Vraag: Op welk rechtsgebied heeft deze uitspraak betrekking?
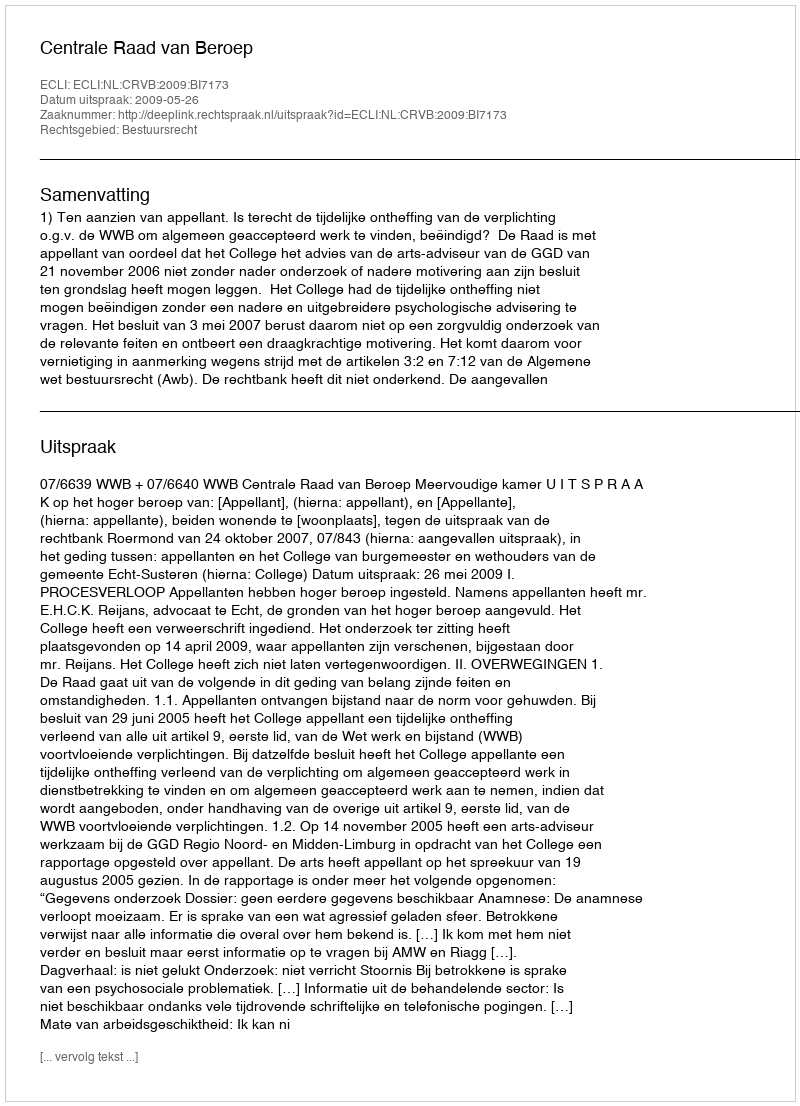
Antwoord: Bestuursrecht